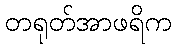
တရုတ်အာဖရိက